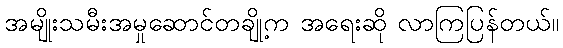
အမျိုးသမီးအမှုဆောင်တချို့က အရေးဆို လာကြပြန်တယ်။